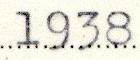
1938